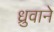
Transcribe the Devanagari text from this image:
ध्रुवाने